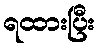
ရထားပြီး